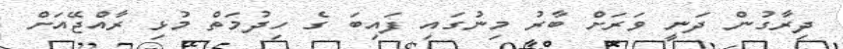
ދިރާގުން ދަނީ ވަރަށް ބާރު މިނުގައި ފައިބަ ގެ ހިދުމަތް މުޅި ރާއްޖޭއަށް